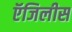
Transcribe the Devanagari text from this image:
ऍजिलीस